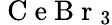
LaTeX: \mathrm{~C~e~B~r~}_{3}